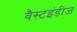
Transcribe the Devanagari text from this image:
वैस्टइंडीज